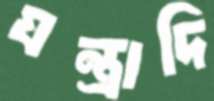
যন্ত্রাদি